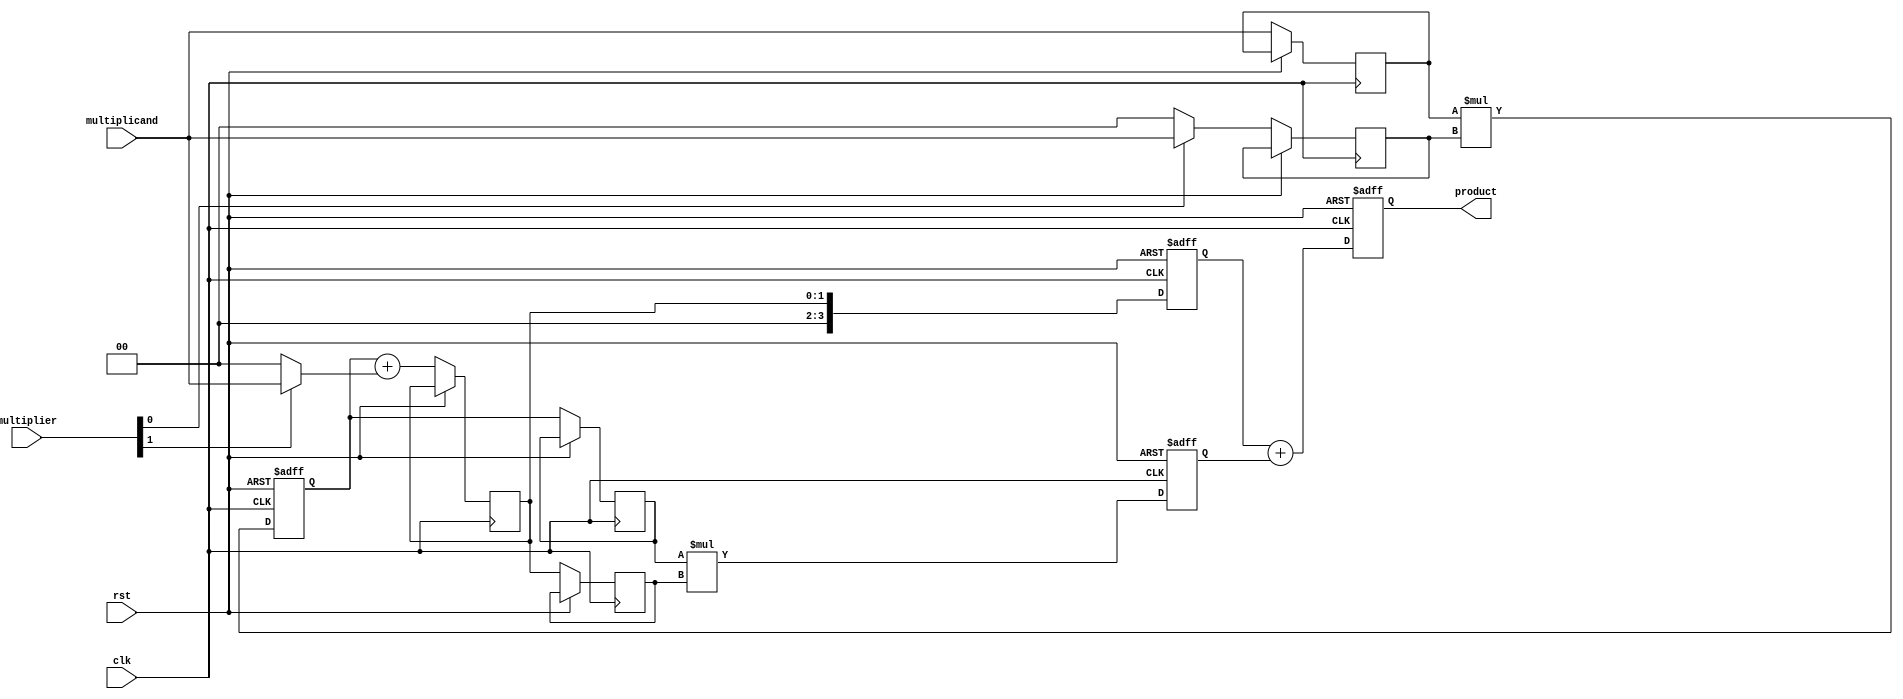
module systolic_multiplier (
    input wire clk,
    input wire rst,
    input wire [1:0] multiplicand,  // 2-bit multiplicand input
    input wire [1:0] multiplier,     // 2-bit multiplier input
    output reg [3:0] product         // 4-bit product output
);

    // Processing Elements
    reg [1:0] PE_row0_col0_a, PE_row0_col0_b;
    reg [1:0] PE_row0_col1_a, PE_row0_col1_b;
    reg [1:0] PE_row1_col0_a, PE_row1_col0_b;
    reg [1:0] PE_row1_col1_a, PE_row1_col1_b;
    
    // Accumulators
    reg [3:0] acc_row0_col0;
    reg [3:0] acc_row0_col1;
    reg [3:0] acc_row1_col0;
    reg [3:0] acc_row1_col1;

    // State machine or control logic to handle the input flow 
    always @(posedge clk or posedge rst) begin
        if (rst) begin
            product <= 0;
            // Reset the accumulators
            acc_row0_col0 <= 0;
            acc_row0_col1 <= 0;
            acc_row1_col0 <= 0;
            acc_row1_col1 <= 0;
        end else begin
            // Load initial values into PEs
            PE_row0_col0_a <= multiplicand;
            PE_row0_col0_b <= multiplier[0] ? multiplicand : 0;
            
            // First row
            acc_row0_col0 <= PE_row0_col0_a * PE_row0_col0_b;  // First PE multiplication
            PE_row0_col1_a <= acc_row0_col0 + (multiplier[1] ? multiplicand : 0); // Pass to next PE
            acc_row0_col1 <= PE_row0_col1_a; // Store partial result in next PE accumulator
            
            // Second row
            PE_row1_col0_a <= acc_row0_col0; // Pass down from first PE to second row
            PE_row1_col0_b <= PE_row0_col1_a; // Feed from the first row's result
            acc_row1_col0 <= PE_row1_col0_a * PE_row1_col0_b; // Mult and accumulate

            // Final product aggregation
            product <= acc_row0_col1 + acc_row1_col0; // Combine results
        end
    end
endmodule